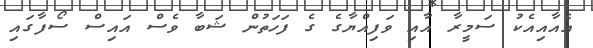
އެއާއިއެކު ސަމީރާ އާއި ވަފިއްޔާގެ ގެ ފަހަތުން ޝަބާ ވެސް އައިސް ސޯފާގައި